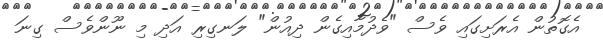
އެގޮތުން އެރަށިގައި ވެސް "ވެދުމާއިގެން ދިއުން" ލަނގިރި އަދި މި ނޫންވެސް ގިނަ